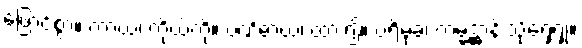
ဖြောင့်စွာ။ ကာယံ၊ ကိုယ်ကို။ ပဏိဓာယ၊ ထား၍။ ပရိမုခံ၊ ကမ္မဋ္ဌာန်းသို့ရှေ့ရှု။